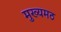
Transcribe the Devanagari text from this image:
मुख्यमठ